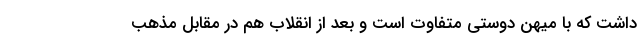
داشت که با میهن دوستی متفاوت است و بعد از انقلاب هم در مقابل مذهب